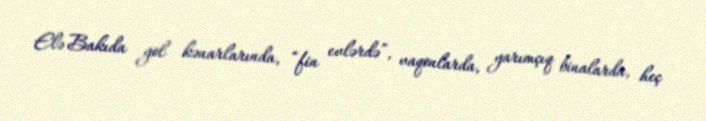
Elə Bakıda yol kənarlarında, “fin evlərdə”, vaqonlarda, yarımçıq binalarda, heç